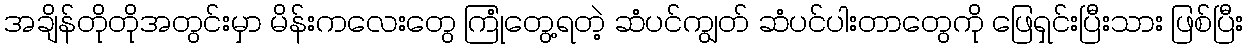
အချိန်တိုတိုအတွင်းမှာ မိန်းကလေးတွေ ကြုံတွေ့ရတဲ့ ဆံပင်ကျွတ် ဆံပင်ပါးတာတွေကို ဖြေရှင်းပြီးသား ဖြစ်ပြီး